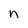
Character: n